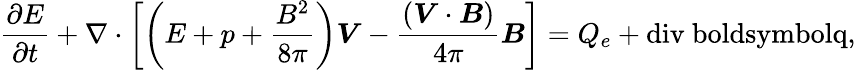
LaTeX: \frac{\partial E}{\partial t}+\nabla\cdot\left[\left(E+p+\frac{B^{2}}{8\pi}\right){\boldsymbol{V}}-\frac{(\boldsymbol{V}\cdot\boldsymbol{B})}{4\pi}\boldsymbol{B}\right]=Q_{e}+\mathrm{{div}\ boldsymbol{q},}